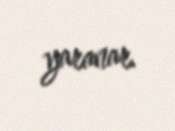
yaranar.